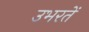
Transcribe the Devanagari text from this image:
उभरतें